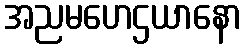
အညမဟေဌယာနော